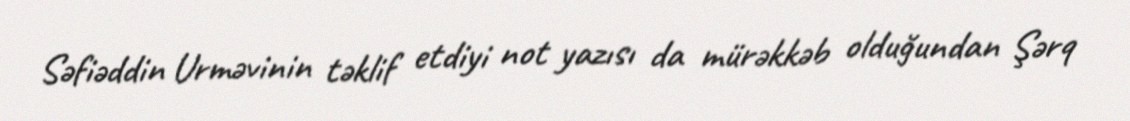
Səfiəddin Urməvinin təklif etdiyi not yazısı da mürəkkəb olduğundan Şərq